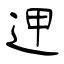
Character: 𨒇